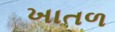
ખાતળ